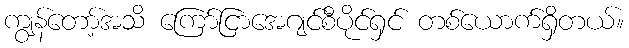
ကျွန်တော့်အသိ ကြော်ငြာအေဂျင်စီပိုင်ရှင် တစ်ယောက်ရှိတယ်။